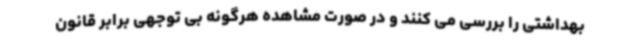
بهداشتی را بررسی می کنند و در صورت مشاهده هرگونه بی توجهی برابر قانون